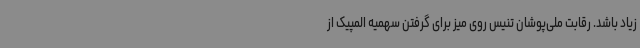
زیاد باشد. رقابت ملی‌پوشان تنیس روی میز برای گرفتن سهمیه المپیک از